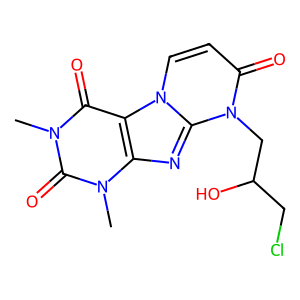
SMILES: Cn1c(=O)c2c(nc3n(CC(O)CCl)c(=O)ccn23)n(C)c1=O
Inhibits HIV replication: No